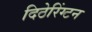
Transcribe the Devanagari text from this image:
दिठेरिंग्टन